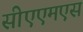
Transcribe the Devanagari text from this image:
सीएएमएस